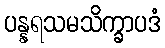
ပန္နရသမသိက္ခာပဒံ